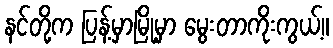
နင်တို့က ပြန့်မှာမြို့မှာ မွေးတာကိုးကွယ့်။